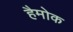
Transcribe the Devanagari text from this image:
हैमोक